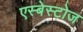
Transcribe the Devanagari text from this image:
एस्बेस्टोज